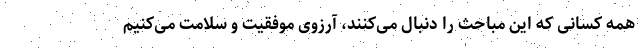
همه کسانی که این مباحث را دنبال می‌کنند، آرزوی موفقیت و سلامت می‌کنیم